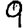
Digit: 9